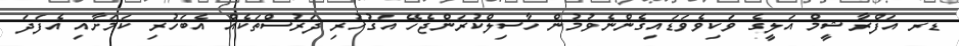
ޑރ އަފްރާޝީމް އަލީގެ ވަކިވެވަޑައިގެންނެވުމުން ހާސިލްކުރަންޖެހޭ އަގުހުރި ދަރުސްތަކެއް އެބަހުރި ކަމަށާއި އެފަދަ